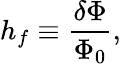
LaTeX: h_{f}\equiv{\frac{\delta\Phi}{\Phi_{0}}},